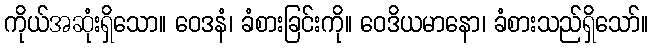
ကိုယ်အဆုံးရှိသော။ ဝေဒနံ၊ ခံစားခြင်းကို။ ဝေဒိယမာနော၊ ခံစားသည်ရှိသော်။